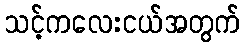
သင့်ကလေးငယ်အတွက်